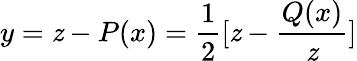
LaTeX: y=\mathit{z}-P(x)=\frac{{1}}{{2}}[\mathit{z}-\frac{{Q(x)}}{{\mathit{z}}}]